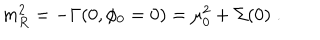
m _ { R } ^ { 2 } = - \Gamma ( 0 , \phi _ { 0 } = 0 ) = \mu _ { 0 } ^ { 2 } + \Sigma ( 0 ) \; .